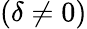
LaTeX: (\delta\neq 0)